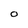
Character: O